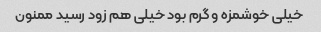
خیلی خوشمزه و گرم بود خیلی هم زود رسید ممنون